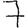
Digit: 7